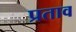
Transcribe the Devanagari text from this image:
प्रताव